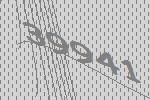
39941